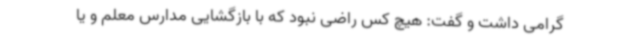
گرامی داشت و گفت: هیچ کس راضی نبود که با بازگشایی مدارس معلم و یا